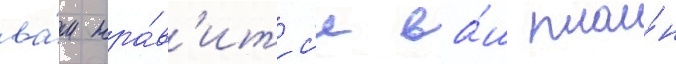
ва́м нра́в'итс'я ва́ш пла́н